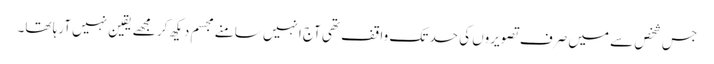
جس شخص سے میں صرف تصویروں کی حد تک واقف تھی آج انہیں سامنے مجسم دیکھ کر مجھے یقین نہیں آرہا تھا۔